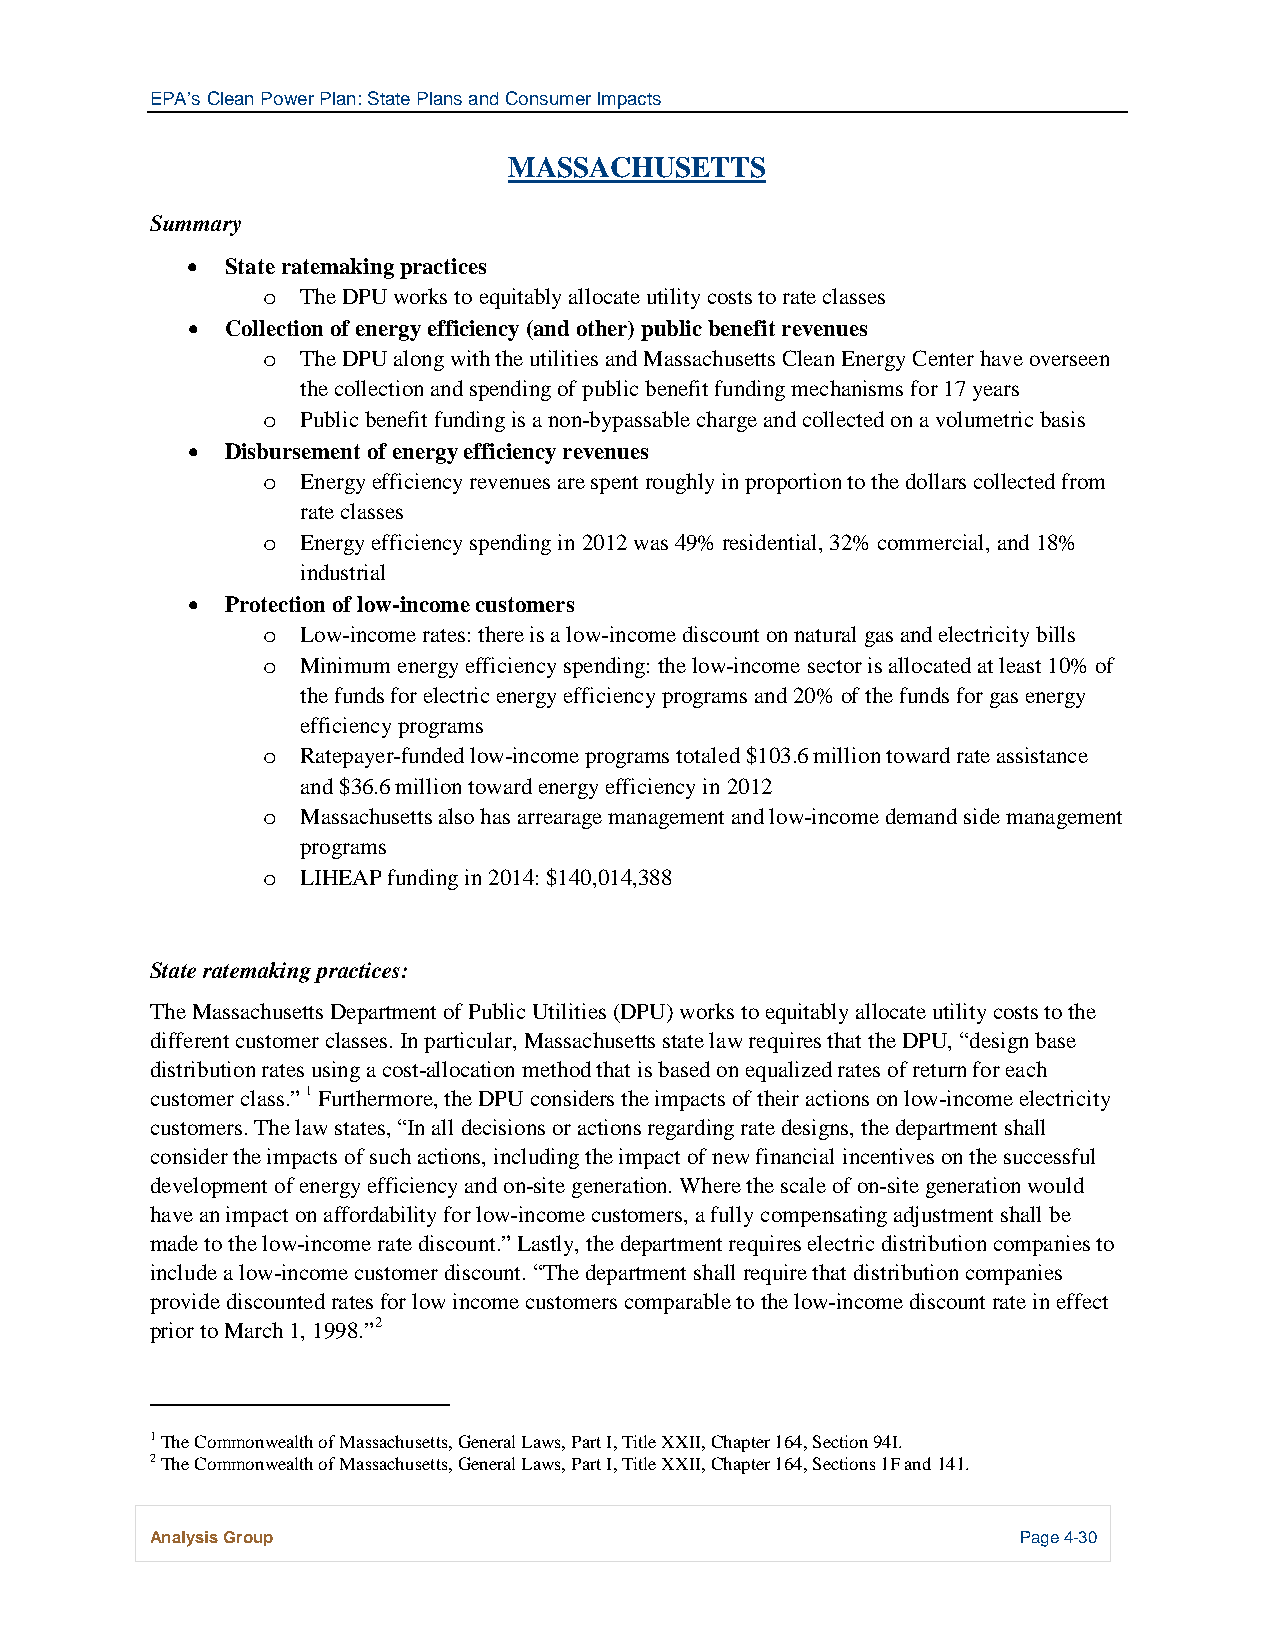
EPA’s Clean Power Plan: State Plans and Consumer Impacts
 MASSACHUSETTS
 Summary
 •  State ratemaking practices
 The DPU works to equitably allocate utility costs to rate classes
 o
 •  Collection of energy efficiency (and other) public benefit revenues
 The DPU along with the utilities and Massachusetts Clean Energy Center have overseen
 o
 the collection and spending of public benefit funding mechanisms for 17 years
 Public benefit funding is a non-bypassable charge and collected on a volumetric basis
 o
 •  Disbursement of energy efficiency revenues
 Energy efficiency revenues are spent roughly in proportion to the dollars collected from
 o
 rate classes
 Energy efficiency spending in 2012 was 49% residential, 32% commercial, and 18%
 o
 industrial
 •  Protection of low-income customers
 Low-income rates: there is a low-income discount on natural gas and electricity bills
 o
 Minimum energy efficiency spending: the low-income sector is allocated at least 10% of
 o
 the funds for electric energy efficiency programs and 20% of the funds for gas energy
 efficiency programs
 Ratepayer-funded low-income programs totaled $103.6 million toward rate assistance
 o
 and $36.6 million toward energy efficiency in 2012
 Massachusetts also has arrearage management and low-income demand side management
 o
 programs
 LIHEAP funding in 2014: $140,014,388
 o
 State ratemaking practices:
 The Massachusetts Department of Public Utilities (DPU) works to equitably allocate utility costs to the
 different customer classes. In particular, Massachusetts state law requires that the DPU, “design base
 distribution rates using a cost-allocation method that is based on equalized rates of return for each
 customer class.” 1 Furthermore, the DPU considers the impacts of their actions on low-income electricity
 customers. The law states, “In all decisions or actions regarding rate designs, the department shall
 consider the impacts of such actions, including the impact of new financial incentives on the successful
 development of energy efficiency and on-site generation. Where the scale of on-site generation would
 have an impact on affordability for low-income customers, a fully compensating adjustment shall be
 made to the low-income rate discount.” Lastly, the department requires electric distribution companies to
 include a low-income customer discount. “The department shall require that distribution companies
 provide discounted rates for low income customers comparable to the low-income discount rate in effect
 prior to March 1, 1998.”2
 1 The Commonwealth of Massachusetts, General Laws, Part I, Title XXII, Chapter 164, Section 94I.
 2 The Commonwealth of Massachusetts, General Laws, Part I, Title XXII, Chapter 164, Sections 1F and 141.
 Analysis Group                                            Page 4-30